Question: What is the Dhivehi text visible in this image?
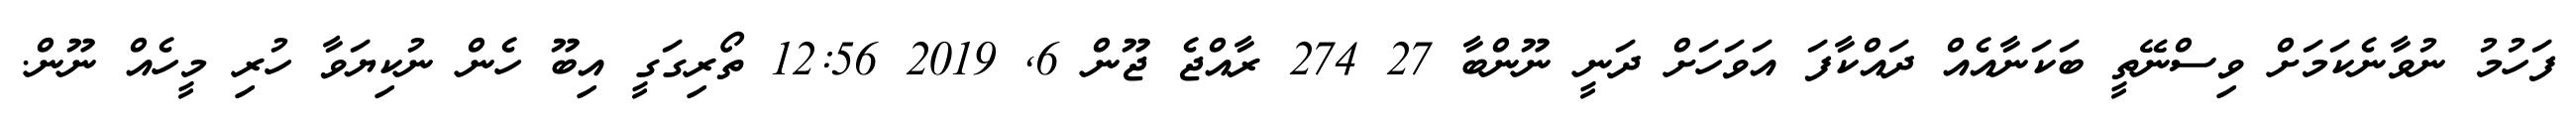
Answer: ފަހުމު ނުވާނެކަމަށް ވިސްނޭތީ ބަކަނާއެއް ދައްކާފަ އަވަހަށް ދަނީ ނޫންބާ 27 274 ރާއްޖެ ޖޫން 6, 2019 12:56 ތޯރިގަގީ އިބޫ ހެން ނުކިޔަވާ ހުރި މީހެއް ނޫން.